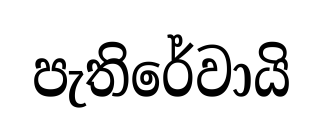
පැතිරේවායි